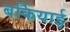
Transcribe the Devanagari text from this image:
बर्कियाई